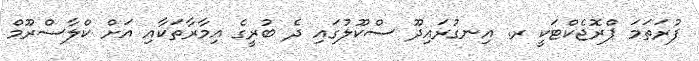
ފުރަތަމަ ޕްރޮޖެކްޓަކީ ރ. އިނގުރައިދޫ ސްކޫލުގައި ދެ ބުރީގެ އިމާރާތަކާއި އަށް ކްލާސްރޫމް